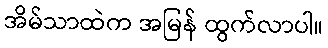
အိမ်သာထဲက အမြန် ထွက်လာပါ။